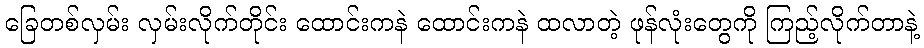
ခြေတစ်လှမ်း လှမ်းလိုက်တိုင်း ထောင်းကနဲ ထောင်းကနဲ ထလာတဲ့ ဖုန်လုံးတွေကို ကြည့်လိုက်တာနဲ့